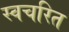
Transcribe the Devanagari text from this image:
स्वचरित